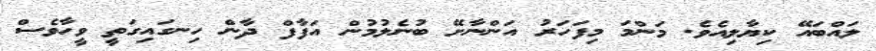
ލައްބައޭ ކިޔާލިއެވެ. މަންމަ މިފަހަރު އަންނާށޭ ބުނެލުމުން އަފާފް ދާން ހިނގައިގަތީ ވީހާވެސް